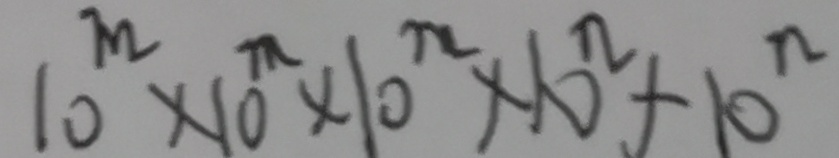
1 0 ^ { m } \times 1 0 ^ { m } \times 1 0 ^ { m } \times 1 0 ^ { n } + 1 0 ^ { n }